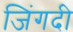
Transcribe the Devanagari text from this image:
जिंगदी